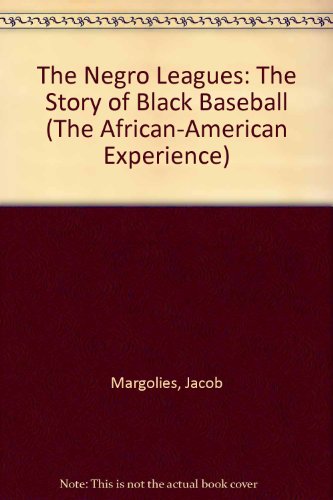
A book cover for The Negro Leagues: The Story of Black Baseball (The African-American Experience); Jacob Margolies; Teen & Young Adult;